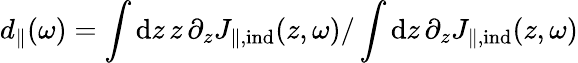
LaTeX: d_{\parallel}(\omega)=\int\mathrm{d}z\, z\, \partial_{z}J_{\parallel,\mathrm{ind}}(z,\omega)/\int\mathrm{d}z\, \partial_{z}J_{\parallel,\mathrm{ind}}(z,\omega)